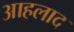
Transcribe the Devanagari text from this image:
आहलाद